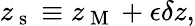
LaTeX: z_{\mathrm{~s~}}\equiv z_{\mathrm{~M~}}+\epsilon\delta z,